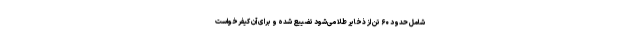
شامل حدود ۶۰ تن از ذخایر طلا می‌شود تضییع شده و برای آن کیفرخواست